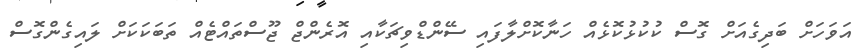
އަވަހަށް ބަދިގެއަށް ގޮސް ކުކުޅުކޮޅެއް ހަނާކޮށްލާފައި ސޭންޑްވިޗަކާއި އޮރެންޖް ޖޫސްތައްޓެއް ތަބަކަކަށް ލައިގެންގޮސް